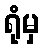
ရုံမှ